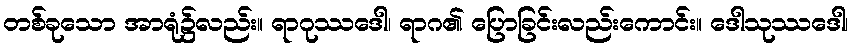
တစ်ခုသော အာရုံ၌လည်း။ ရာဂုဿဒေါ၊ ရာဂ၏ ပြောခြင်းလည်းကောင်း။ ဒေါသုဿဒေါ၊